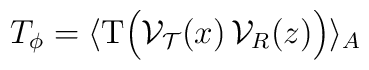
T_\phi = \langle {\rm T} \Big( {\cal V}_{\cal T}(x)\,{\cal V}_{R}(z)\Big) \rangle_{A}